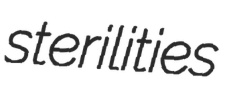
sterilities